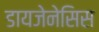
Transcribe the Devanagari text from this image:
डायजेनेसिस